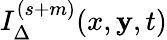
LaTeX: I_{\Delta}^{(s+m)}(x,\mathbf{y},t)